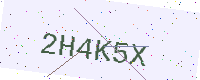
Text: 2H4K5X